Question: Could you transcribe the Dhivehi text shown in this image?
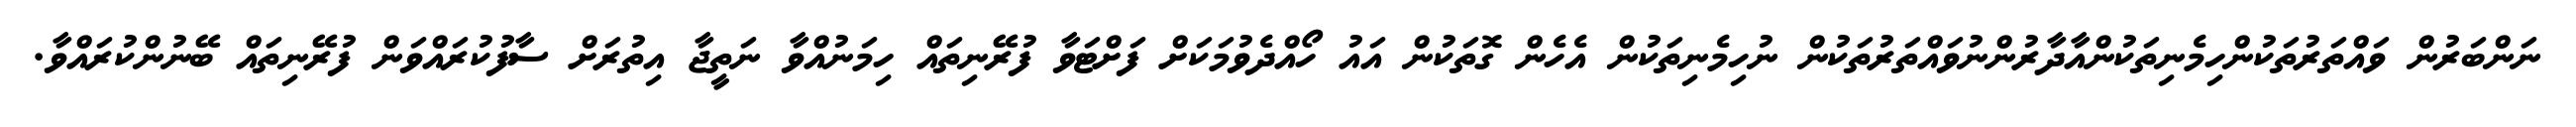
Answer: ނަންބަރުން ވައްތަރުތަކުންހިމެނިތަކުންއާދާރުންނުވައްތަރުތަކުން ނުހިމެނިތަކުން އެހެން ގޮތަކުން އައު ހޯއްދެވުމަކަށް ފަށްޓަވާ ފުރޭނިތައް ހިމަނުއްވާ ނަތީޖާ އިތުރަށް ސާފުކުރައްވަން ފުރޭނިތައް ބޭނުންކުރައްވާ.